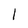
Character: l